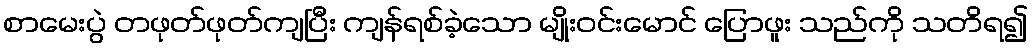
စာမေးပွဲ တဖုတ်ဖုတ်ကျပြီး ကျန်ရစ်ခဲ့သော မျိုးဝင်းမောင် ပြောဖူး သည်ကို သတိရ၍